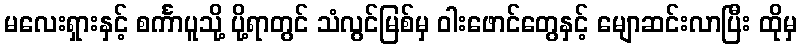
မလေးရှားနှင့် စင်္ကာပူသို့ ပို့ရာတွင် သံလွင်မြစ်မှ ဝါးဖောင်တွေနှင့် မျောဆင်းလာပြီး ထိုမှ